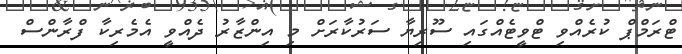
ޓްރަމްޕް ކުރެއްވި ޓްވީޓެއްގައިި ސޫރިޔާ ސަރުކާރަށް މި އިންޒާރު ދެއްވީ އެމެރިކާ ފްރާންސް